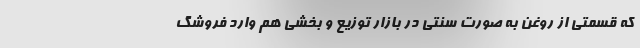
که قسمتی از روغن به صورت سنتی در بازار توزیع و بخشی هم وارد فروشگ